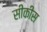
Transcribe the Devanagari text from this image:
सीकीस